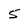
Character: 5